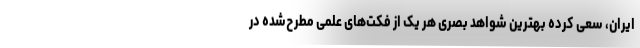
ایران، سعی کرده بهترین شواهد بصری هر یک از فکت‌های علمی مطرح‌شده در